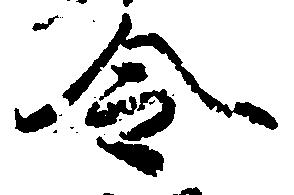
令